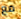
مع